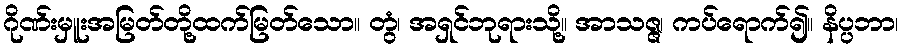
ဂိုဏ်းမှူးအမြတ်တို့ထက်မြတ်သော။ တွံ၊ အရှင်ဘုရားသို့။ အာသဇ္ဇ၊ ကပ်ရောက်၍။ နိပ္ပဘာ၊